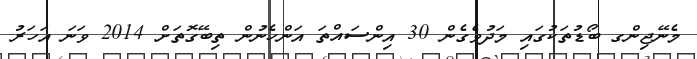
މެނޭޖިންގ ބޯޑުތަކުގައި މަދުވެގެން 30 އިންސައްތަ އަންހެނުން ތިބޭގޮތަށް 2014 ވަނަ އަހަރު